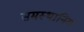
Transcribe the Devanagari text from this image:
समस्थानिम